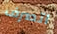
اتصرف